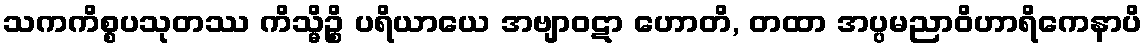
သကကိစ္စပသုတဿ ကိသ္မိဉ္စိ ပရိယာယေ အဗျာဝဋာ ဟောတိ, တထာ အပ္ပမညာဝိဟာရိကေနာပိ